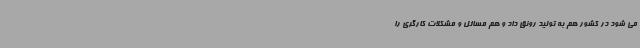
می شود در کشور هم به تولید رونق داد و هم مسائل و مشکلات کارگری را